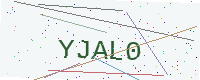
Text: YJAL0